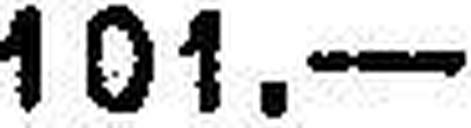
101.—